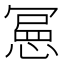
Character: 𭞌